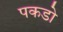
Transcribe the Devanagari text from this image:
पकडो